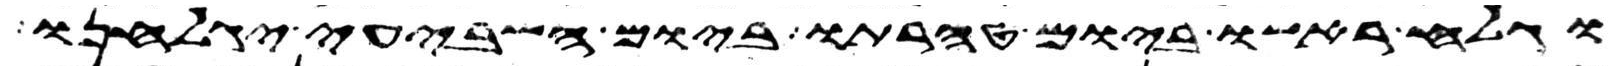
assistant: וגלח ראשו ביום טהרתו ביום השביעי יגלחנו